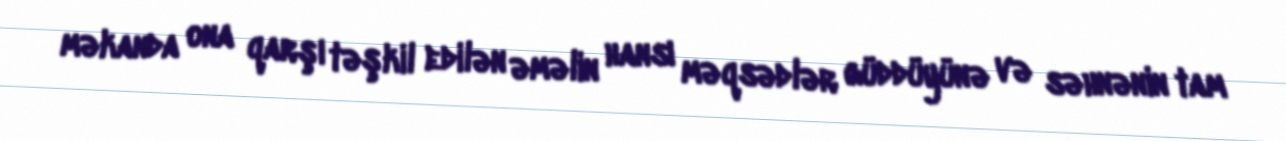
məkanda ona qarşı təşkil edilən əməlin hansı məqsədlər güddüyünə və səhnənin tam